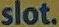
slot.